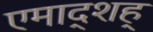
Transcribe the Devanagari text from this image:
एमाद्शह्